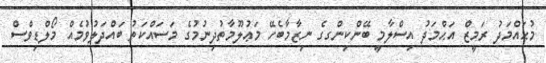
މުޙައްމަދު ރަމީޒް އަޙްމަދު އިސްލާމީ ބޭންކިންގގެ ނިޒާމާބެހޭ މަޢުލޫމާތުދިނުމުގެ މަސައްކަތު ބައްދަލުވުމެއް މޯލްޑިވްސް